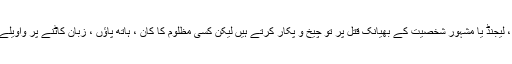
ہم کسی ماڈل ، لیجنڈ یا مشہور شخصیت کے بھیانک قتل پر تو چیخ و پکار کرتے ہیں لیکن کسی مظلوم کا کان ، ہاتھ پاؤں ، زبان کاٹنے پر واویلے نہیں مچاتے۔